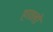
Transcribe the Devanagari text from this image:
हरवलो